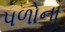
પળોના